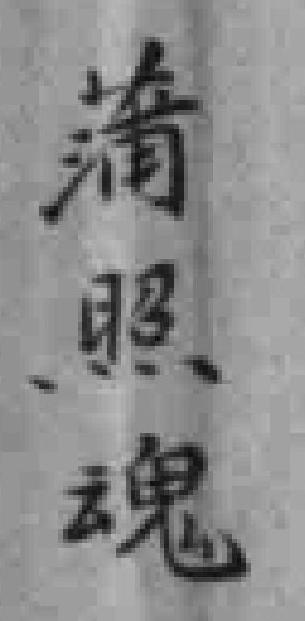
蒲照魂